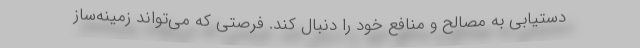
دستیابی به مصالح و منافع خود را دنبال کند. فرصتی که می‌تواند زمینه‌ساز